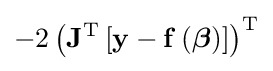
-2\left(\mathbf {J} ^{\mathrm {T} }\left[\mathbf {y} -\mathbf {f} \left({\boldsymbol {\beta }}\right)\right]\right)^{\mathrm {T} }